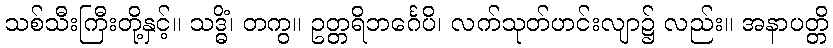
သစ်သီးကြီးတို့နှင့်။ သဒ္ဓိံ၊ တကွ။ ဥတ္တရိဘင်္ဂေပိ၊ လက်သုတ်ဟင်းလျာ၌ လည်း။ အနာပတ္တိ